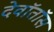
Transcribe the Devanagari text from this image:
देवॉतॉस